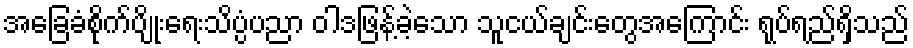
အခြေခံစိုက်ပျိုးရေးသိပ္ပံပညာ ဝါဒဖြန့်ခဲ့သော သူငယ်ချင်းတွေအကြောင်း ရုပ်ရည်ရှိသည်